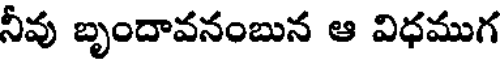
నీవు బృందావనంబున ఆ విధముగ